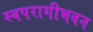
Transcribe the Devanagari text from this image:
स्वपरागीभवन